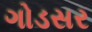
ગોડસર